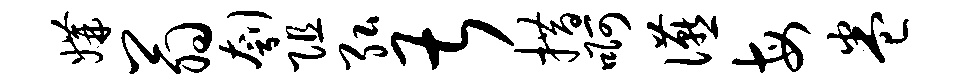
媾翁刳阻弘甚措啊宴每卷